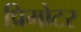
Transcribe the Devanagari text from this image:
प्रिमोटर